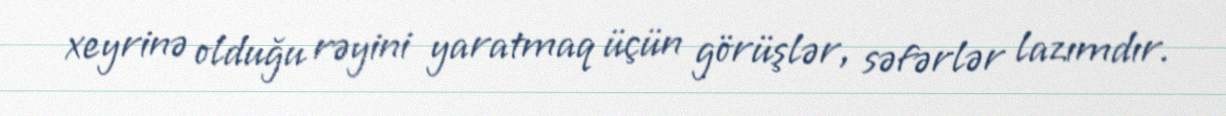
xeyrinə olduğu rəyini yaratmaq üçün görüşlər, səfərlər lazımdır.